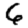
Digit: 6